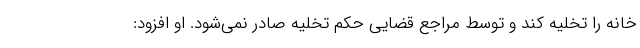
خانه را تخلیه کند و توسط مراجع قضایی حکم تخلیه صادر نمی‌شود. او افزود: